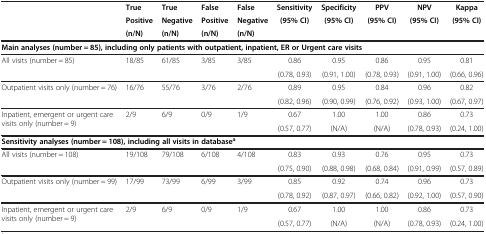
<table><thead><tr><td rowspan="3">[EMPTY_CELL]</td><td><b>True</b></td><td><b>True</b></td><td><b>False</b></td><td><b>False</b></td><td><b>Sensitivity</b></td><td><b>Specificity</b></td><td><b>PPV</b></td><td><b>NPV</b></td><td><b>Kappa</b></td></tr><tr><td><b>Positive</b></td><td><b>Negative</b></td><td><b>Positive</b></td><td><b>Negative</b></td><td rowspan="2"><b>(95% CI)</b></td><td rowspan="2"><b>(95% CI)</b></td><td rowspan="2"><b>(95% CI)</b></td><td rowspan="2"><b>(95% CI)</b></td><td rowspan="2"><b>(95% CI)</b></td></tr><tr><td><b>(n/N)</b></td><td><b>(n/N)</b></td><td><b>(n/N)</b></td><td><b>(n/N)</b></td></tr></thead><tbody><tr><td colspan="10"><b>Main analyses (number = 85), including only patients with outpatient, inpatient, ER or Urgent care visits</b></td></tr><tr><td rowspan="2">All visits (number = 85)</td><td rowspan="2">18/85</td><td rowspan="2">61/85</td><td rowspan="2">3/85</td><td rowspan="2">3/85</td><td>0.86</td><td>0.95</td><td>0.86</td><td>0.95</td><td>0.81</td></tr><tr><td>(0.78, 0.93)</td><td>(0.91, 1.00)</td><td>(0.78, 0.93)</td><td>(0.91, 1.00)</td><td>(0.66, 0.96)</td></tr><tr><td rowspan="2">Outpatient visits only (number = 76)</td><td rowspan="2">16/76</td><td rowspan="2">55/76</td><td rowspan="2">3/76</td><td rowspan="2">2/76</td><td>0.89</td><td>0.95</td><td>0.84</td><td>0.96</td><td>0.82</td></tr><tr><td>(0.82, 0.96)</td><td>(0.90, 0.99)</td><td>(0.76, 0.92)</td><td>(0.93, 1.00)</td><td>(0.67, 0.97)</td></tr><tr><td rowspan="2">Inpatient, emergent or urgent care visits only (number = 9)</td><td rowspan="2">2/9</td><td rowspan="2">6/9</td><td rowspan="2">0/9</td><td rowspan="2">1/9</td><td>0.67</td><td>1.00</td><td>1.00</td><td>0.86</td><td>0.73</td></tr><tr><td>(0.57, 0.77)</td><td>(N/A)</td><td>(N/A)</td><td>(0.78, 0.93)</td><td>(0.24, 1.00)</td></tr><tr><td colspan="10"><b>Sensitivity analyses (number = 108), including all visits in database</b><sup><b>a</b></sup></td></tr><tr><td rowspan="2">All visits (number = 108)</td><td rowspan="2">19/108</td><td rowspan="2">79/108</td><td rowspan="2">6/108</td><td rowspan="2">4/108</td><td>0.83</td><td>0.93</td><td>0.76</td><td>0.95</td><td>0.73</td></tr><tr><td>(0.75, 0.90)</td><td>(0.88, 0.98)</td><td>(0.68, 0.84)</td><td>(0.91, 0.99)</td><td>(0.57, 0.89)</td></tr><tr><td rowspan="2">Outpatient visits only (number = 99)</td><td rowspan="2">17/99</td><td rowspan="2">73/99</td><td rowspan="2">6/99</td><td rowspan="2">3/99</td><td>0.85</td><td>0.92</td><td>0.74</td><td>0.96</td><td>0.73</td></tr><tr><td>(0.78, 0.92)</td><td>(0.87, 0.97)</td><td>(0.66, 0.82)</td><td>(0.92, 1.00)</td><td>(0.57, 0.90)</td></tr><tr><td rowspan="2">Inpatient, emergent or urgent care visits only (number = 9)</td><td rowspan="2">2/9</td><td rowspan="2">6/9</td><td rowspan="2">0/9</td><td rowspan="2">1/9</td><td>0.67</td><td>1.00</td><td>1.00</td><td>0.86</td><td>0.73</td></tr><tr><td>(0.57, 0.77)</td><td>(N/A)</td><td>(N/A)</td><td>(0.78, 0.93)</td><td>(0.24, 1.00)</td></tr></tbody></table>